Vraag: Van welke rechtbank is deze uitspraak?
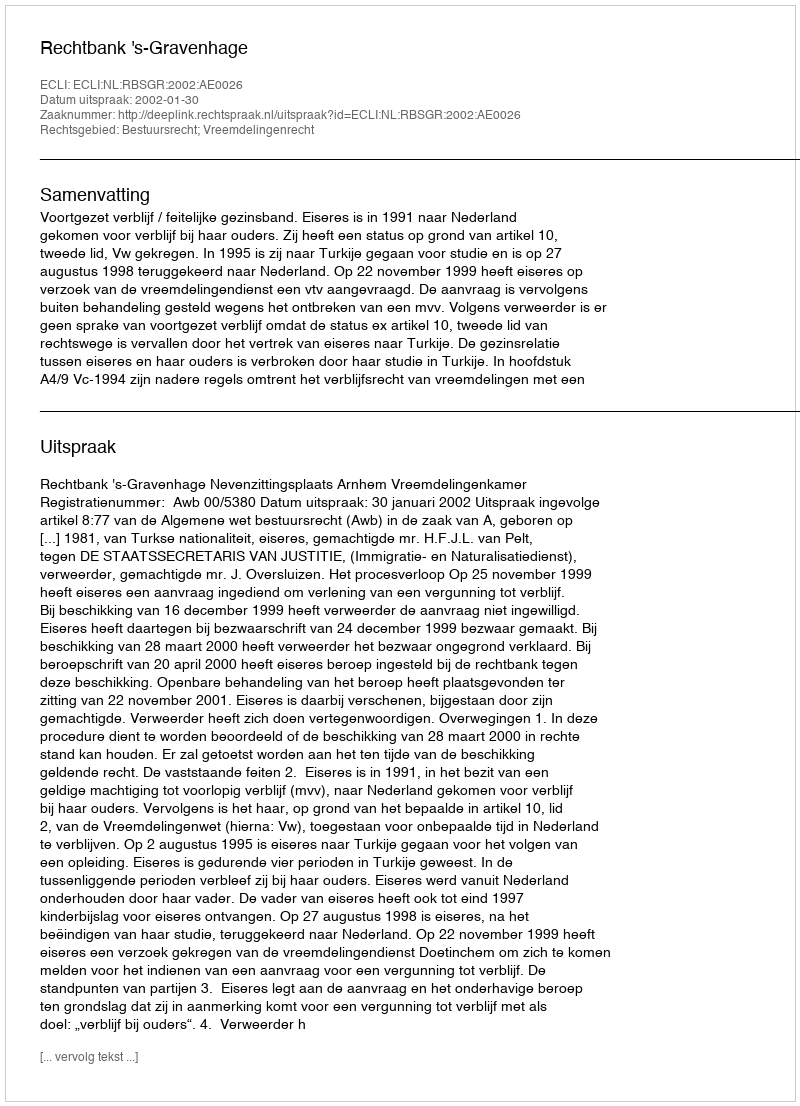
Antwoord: Rechtbank 's-Gravenhage